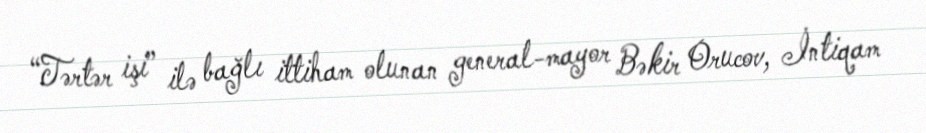
“Tərtər işi” ilə bağlı ittiham olunan general-mayor Bəkir Orucov, İntiqam